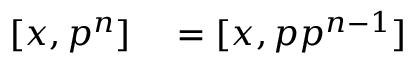
\begin{array} { r l } { [ x , p ^ { n } ] } & { { } = [ x , p p ^ { n - 1 } ] } \end{array}